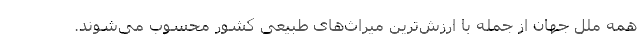
همه ملل جهان از جمله با ارزش‌ترین میراث‌های طبیعی کشور محسوب می‌شوند.